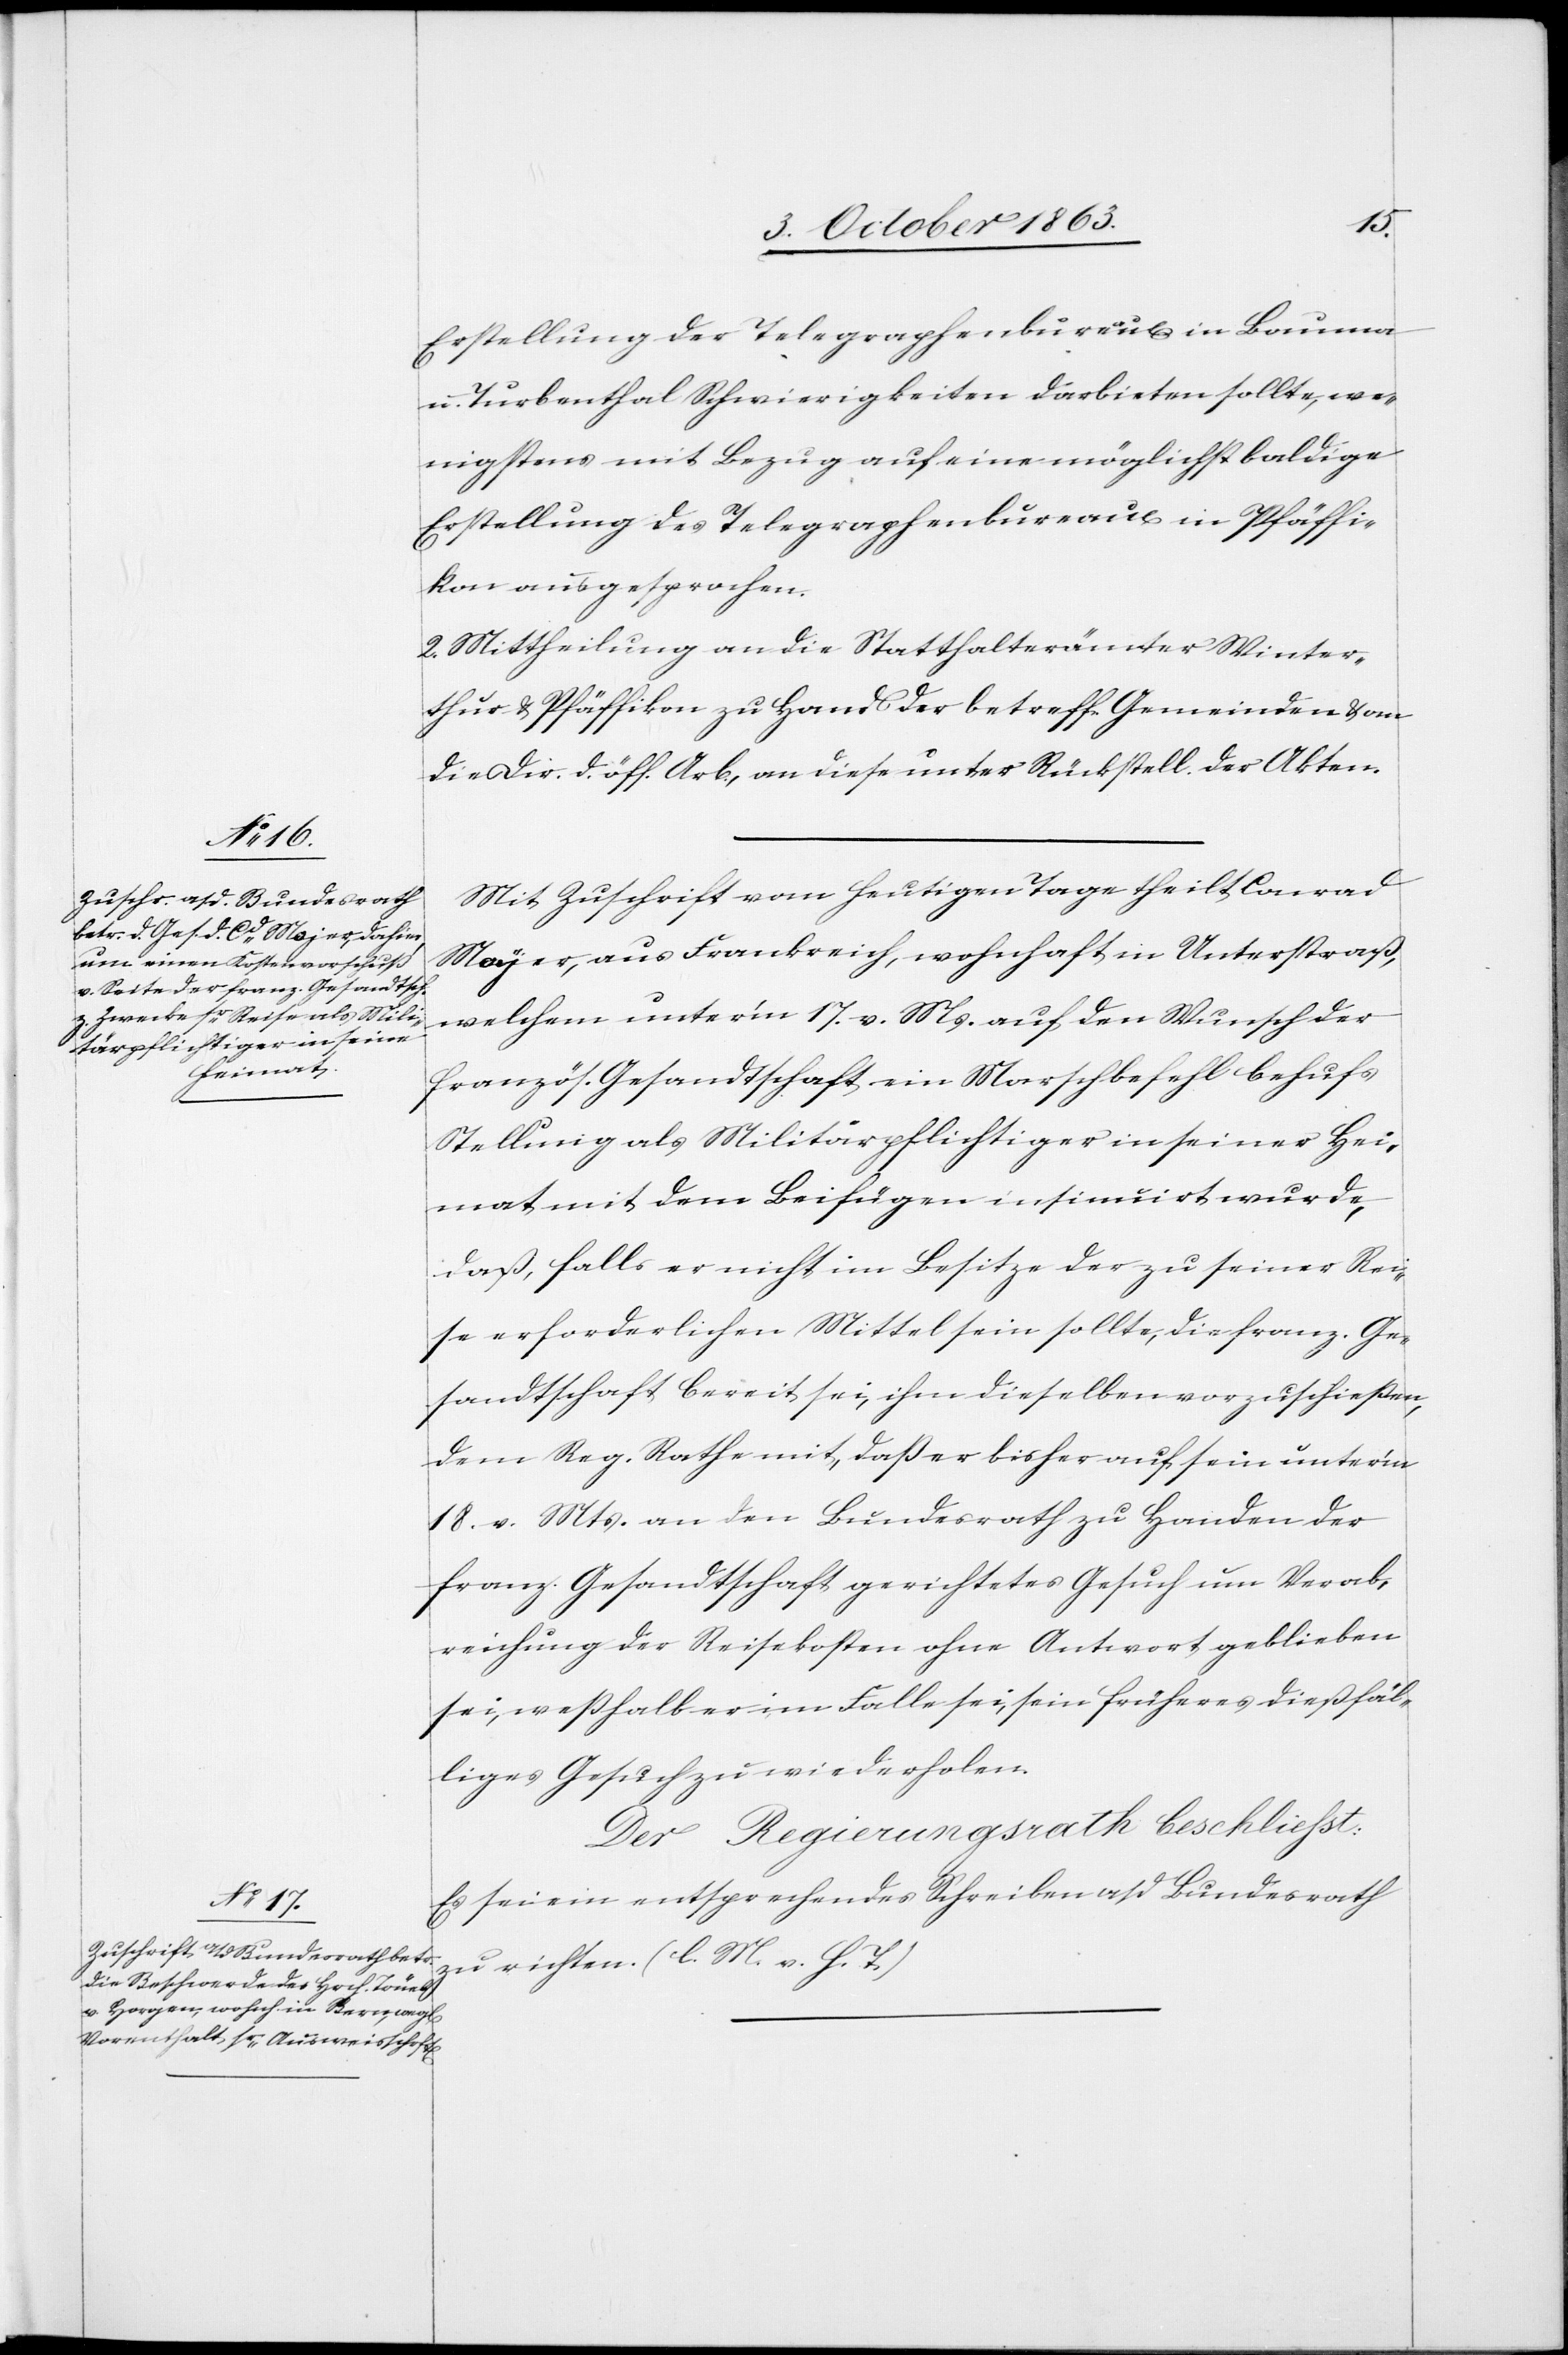
Erstellung der Telegraphenbureaux in Bauma
u. Turbenthal Schwierigkeiten darbieten sollte, we¬
nigstens mit Bezug auf eine möglichst baldige
Erstellung des Telegraphenbureaux in Pfäffi¬
kon ausgesprochen.
2. Mittheilung an die Statthalterämter Winter¬
thur & Pfäffikon zu Hand[en] der betreff. Gemeinden & an
die Dir. d. öff. Arb., an diese unter Rückstell. der Akten.
Mit Zuschrift vom heutigen Tage theilt Conrad
Mayer [sic!], aus Frankreich, wohnhaft in Unterstraß,
welchem unter'm 17. v. Ms. auf den Wunsch der
französ. Gesandtschaft ein Marschbefehl behufs
Stellung als Militärpflichtiger in seiner Hei¬
mat mit dem Beifügen insinuirt wurde,
daß, falls er nicht im Besitze der zu seiner Rei¬
se erforderlichen Mittel sein sollte, die franz. Ge¬
sandtschaft bereit sei, ihm dieselben vorzuschießen,
dem Reg. Rathe mit, daß er bisher auf sein unter'm
18. v. Mts. an den Bundesrath zu Handen der
franz. Gesandtschaft gerichtetes Gesuch um Verab¬
reichung der Reisekosten ohne Antwort geblieben
sei, weßhalb er im Falle sei, sein früheres dießfäl¬
liges Gesuch zu wiederholen.
Der Regierungsrath beschliesst:
Es sei ein entsprechendes Schreiben a/d Bundesrath
zu richten. (l. M. v. h. T.)